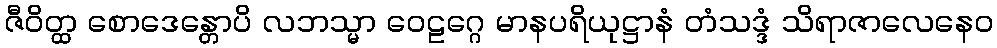
ဇီဝိတ္ထ စောဒေန္တောပိ လဘသ္မာ ဝေဠဂ္ဂေ မာနပရိယုဋ္ဌာနံ တံသဒ္ဒံ သိရာဇာလေနေဝ